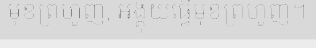
មុខព្រហួញ; អង្គុយធ្វើមុខព្រហួញ។